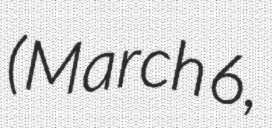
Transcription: (March 6,